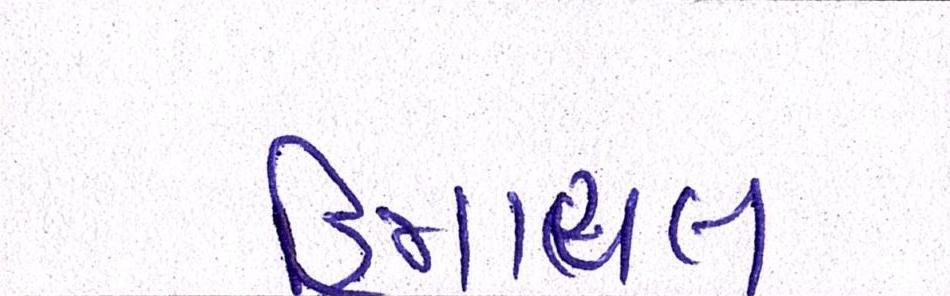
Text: હિમાચલ